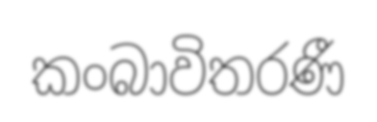
කංබාවිතරණී